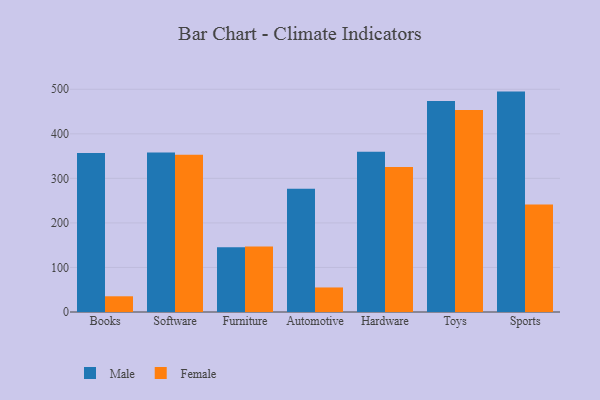
{"axis": {"x": "Category", "y": "Humidity (%)"}, "legend": ["Female", "Male"], "data": [{"x": "Books", "y": 357.0, "type": "Male"}, {"x": "Books", "y": 35.3, "type": "Female"}, {"x": "Software", "y": 358.1, "type": "Male"}, {"x": "Software", "y": 353.3, "type": "Female"}, {"x": "Furniture", "y": 145.1, "type": "Male"}, {"x": "Furniture", "y": 147.0, "type": "Female"}, {"x": "Automotive", "y": 276.5, "type": "Male"}, {"x": "Automotive", "y": 55.1, "type": "Female"}, {"x": "Hardware", "y": 359.7, "type": "Male"}, {"x": "Hardware", "y": 325.3, "type": "Female"}, {"x": "Toys", "y": 473.8, "type": "Male"}, {"x": "Toys", "y": 453.3, "type": "Female"}, {"x": "Sports", "y": 494.8, "type": "Male"}, {"x": "Sports", "y": 241.4, "type": "Female"}]}